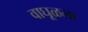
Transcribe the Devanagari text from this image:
वाघूळला